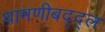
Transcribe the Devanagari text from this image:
धामणीबद्द्ल